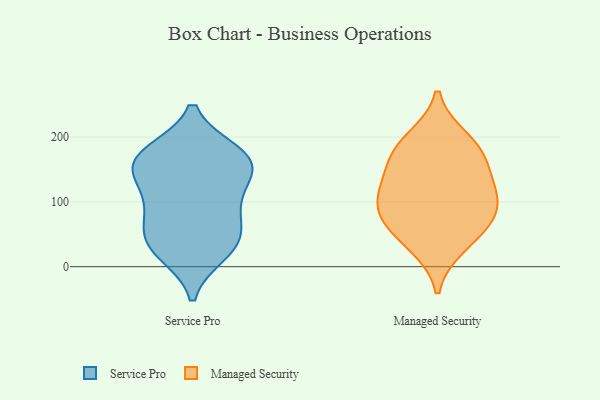
{"axis": {"x": "Demand Index", "y": "Value"}, "legend": ["Managed Security", "Service Pro"], "data": [{"x": "", "y": 104, "type": "Service Pro"}, {"x": "", "y": 98, "type": "Service Pro"}, {"x": "", "y": 152, "type": "Service Pro"}, {"x": "", "y": 175, "type": "Service Pro"}, {"x": "", "y": 168, "type": "Service Pro"}, {"x": "", "y": 174, "type": "Service Pro"}, {"x": "", "y": 76, "type": "Service Pro"}, {"x": "", "y": 35, "type": "Service Pro"}, {"x": "", "y": 34, "type": "Service Pro"}, {"x": "", "y": 22, "type": "Service Pro"}, {"x": "", "y": 152, "type": "Service Pro"}, {"x": "", "y": 48, "type": "Service Pro"}, {"x": "", "y": 149, "type": "Service Pro"}, {"x": "", "y": 137, "type": "Managed Security"}, {"x": "", "y": 169, "type": "Managed Security"}, {"x": "", "y": 197, "type": "Managed Security"}, {"x": "", "y": 119, "type": "Managed Security"}, {"x": "", "y": 91, "type": "Managed Security"}, {"x": "", "y": 56, "type": "Managed Security"}, {"x": "", "y": 32, "type": "Managed Security"}, {"x": "", "y": 75, "type": "Managed Security"}, {"x": "", "y": 179, "type": "Managed Security"}, {"x": "", "y": 100, "type": "Managed Security"}]}